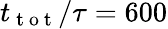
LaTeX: t_{\mathrm{~t~o~t~}}/\tau=600